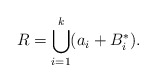
\begin{align*} R = \bigcup_{i = 1}^{k} (a_i + B_i^*).\end{align*}